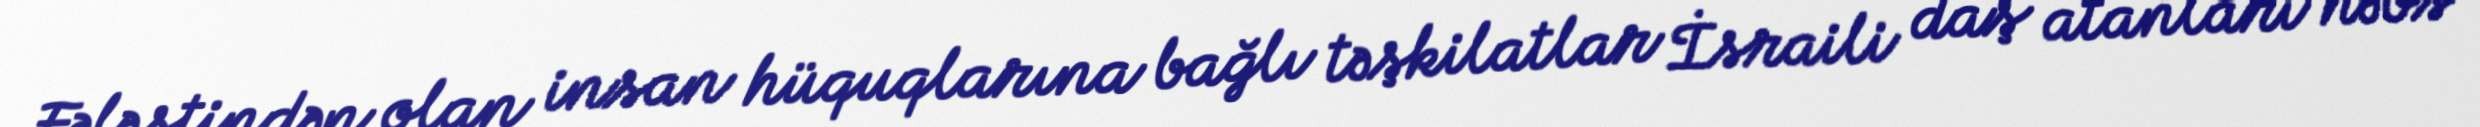
Fələstindən olan insan hüquqlarına bağlı təşkilatlar İsraili daş atanları həbs